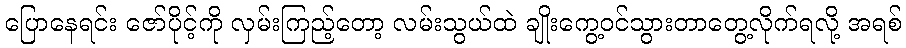
ပြောနေရင်း ဇော်ပိုင့်ကို လှမ်းကြည့်တော့ လမ်းသွယ်ထဲ ချိုးကွေ့ဝင်သွားတာတွေ့လိုက်ရလို့ အရစ်